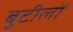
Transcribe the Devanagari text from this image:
बुटीलों